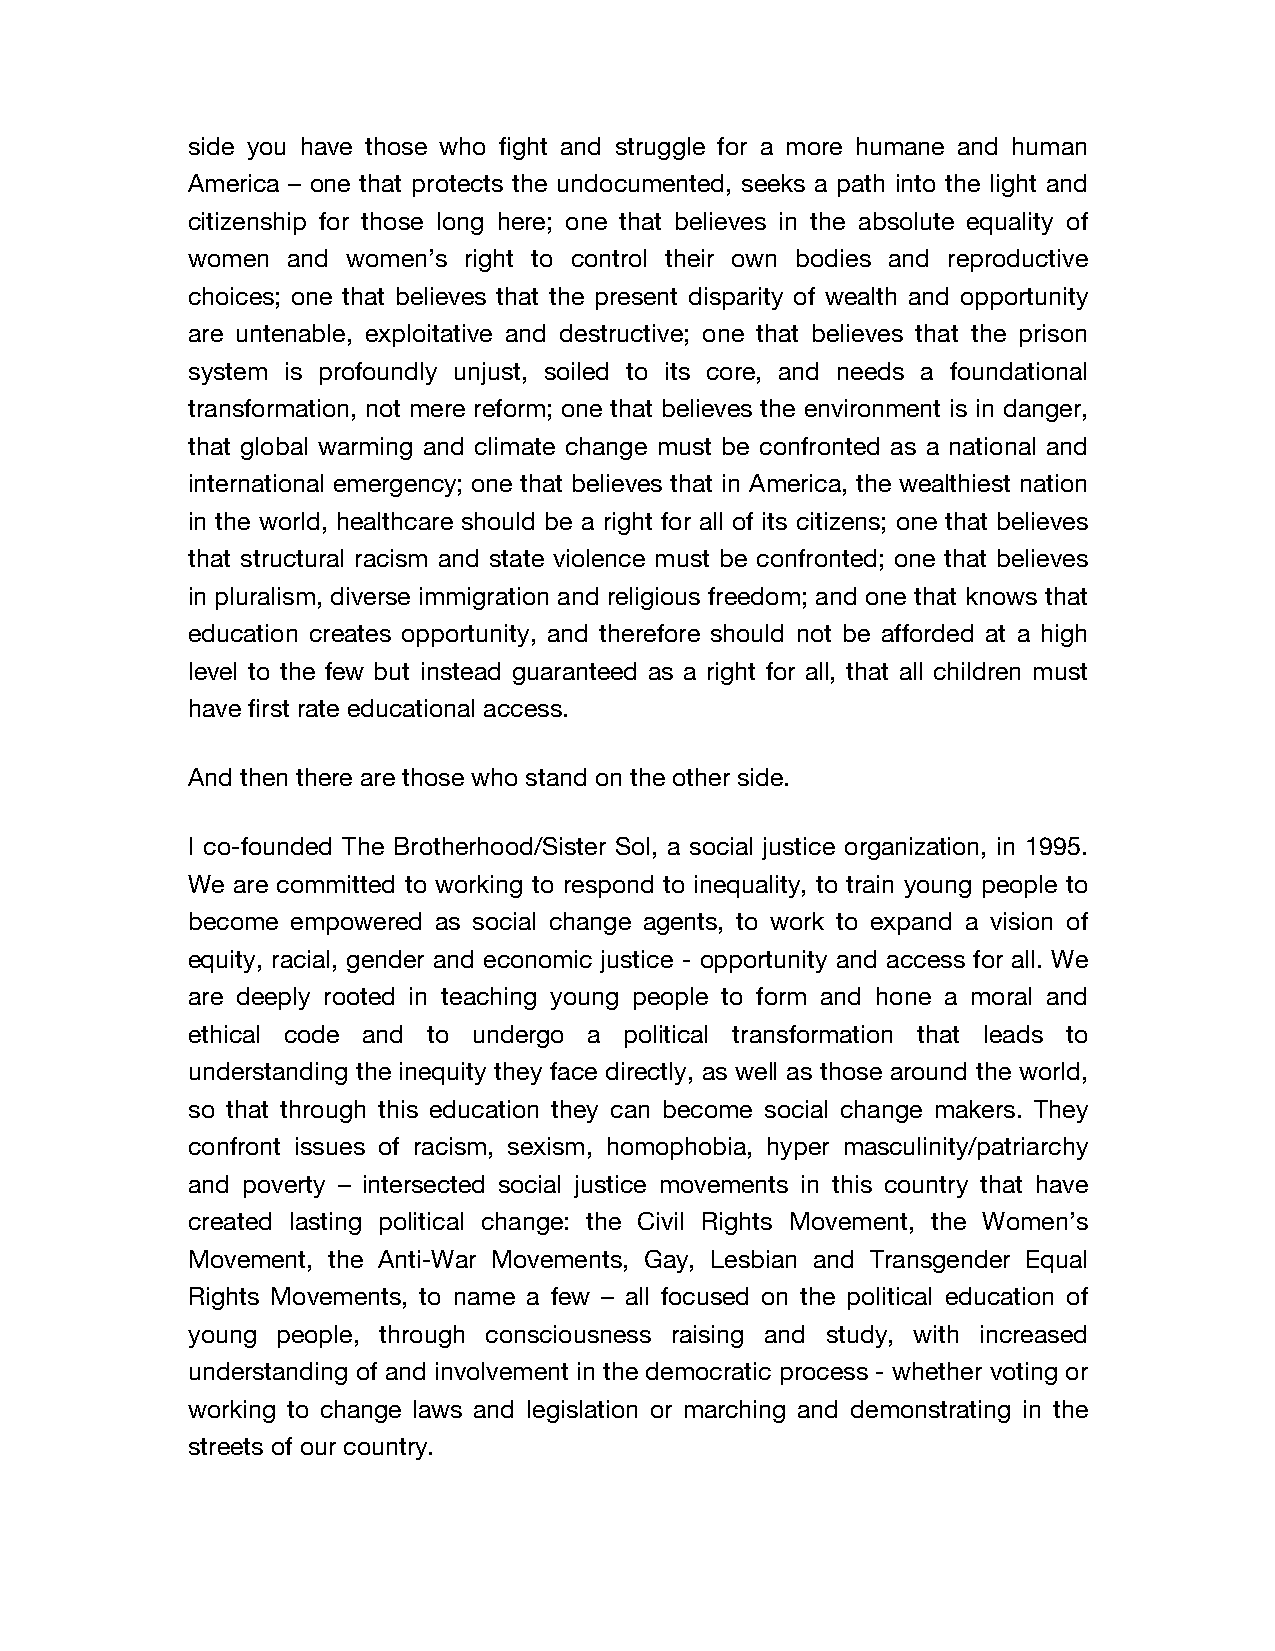
side you have those who fight and struggle for a more humane and human
 America – one that protects the undocumented, seeks a path into the light and
 citizenship for those long here; one that believes in the absolute equality of
 women  and women’s right to control their own bodies and reproductive
 choices; one that believes that the present disparity of wealth and opportunity
 are untenable, exploitative and destructive; one that believes that the prison
 system is profoundly unjust, soiled to its core, and needs a foundational
 transformation, not mere reform; one that believes the environment is in danger,
 that global warming and climate change must be confronted as a national and
 international emergency; one that believes that in America, the wealthiest nation
 in the world, healthcare should be a right for all of its citizens; one that believes
 that structural racism and state violence must be confronted; one that believes
 in pluralism, diverse immigration and religious freedom; and one that knows that
 education creates opportunity, and therefore should not be afforded at a high
 level to the few but instead guaranteed as a right for all, that all children must
 have first rate educational access.
 And then there are those who stand on the other side.
 I co-founded The Brotherhood/Sister Sol, a social justice organization, in 1995.
 We are committed to working to respond to inequality, to train young people to
 become empowered as social change agents, to work to expand a vision of
 equity, racial, gender and economic justice - opportunity and access for all. We
 are deeply rooted in teaching young people to form and hone a moral and
 ethical code and to undergo a political transformation that leads to
 understanding the inequity they face directly, as well as those around the world,
 so that through this education they can become social change makers. They
 confront issues of racism, sexism, homophobia, hyper masculinity/patriarchy
 and poverty – intersected social justice movements in this country that have
 created lasting political change: the Civil Rights Movement, the Women’s
 Movement, the Anti-War Movements, Gay, Lesbian and Transgender Equal
 Rights Movements, to name a few – all focused on the political education of
 young people, through consciousness raising and study, with increased
 understanding of and involvement in the democratic process - whether voting or
 working to change laws and legislation or marching and demonstrating in the
 streets of our country.